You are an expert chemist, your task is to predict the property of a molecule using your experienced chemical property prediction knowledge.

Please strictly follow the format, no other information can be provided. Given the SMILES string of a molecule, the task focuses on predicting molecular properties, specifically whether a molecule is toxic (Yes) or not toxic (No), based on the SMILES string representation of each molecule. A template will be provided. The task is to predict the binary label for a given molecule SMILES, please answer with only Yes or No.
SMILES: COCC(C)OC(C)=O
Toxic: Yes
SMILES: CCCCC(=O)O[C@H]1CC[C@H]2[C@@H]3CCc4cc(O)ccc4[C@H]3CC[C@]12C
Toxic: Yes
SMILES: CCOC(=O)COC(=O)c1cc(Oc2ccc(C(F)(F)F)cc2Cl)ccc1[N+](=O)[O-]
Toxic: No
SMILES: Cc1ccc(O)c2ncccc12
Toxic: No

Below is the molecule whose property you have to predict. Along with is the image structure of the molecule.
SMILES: CCCCCCCCCCCC(=O)N(C)CC(=O)O
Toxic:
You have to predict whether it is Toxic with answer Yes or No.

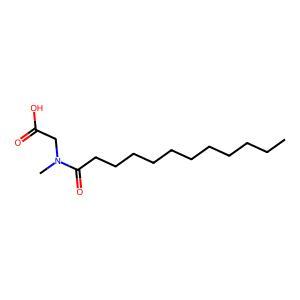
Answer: No